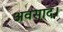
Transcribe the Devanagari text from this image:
अवसाद।